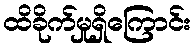
ထိခိုက်မှုရှိကြောင်း